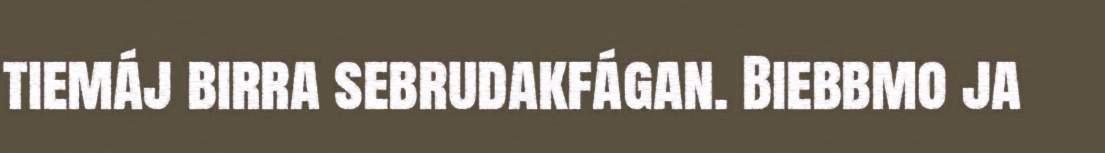
tiemáj birra sebrudakfágan. Biebbmo ja